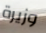
وزيرة